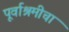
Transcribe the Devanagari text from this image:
पूर्वाश्रमीचा